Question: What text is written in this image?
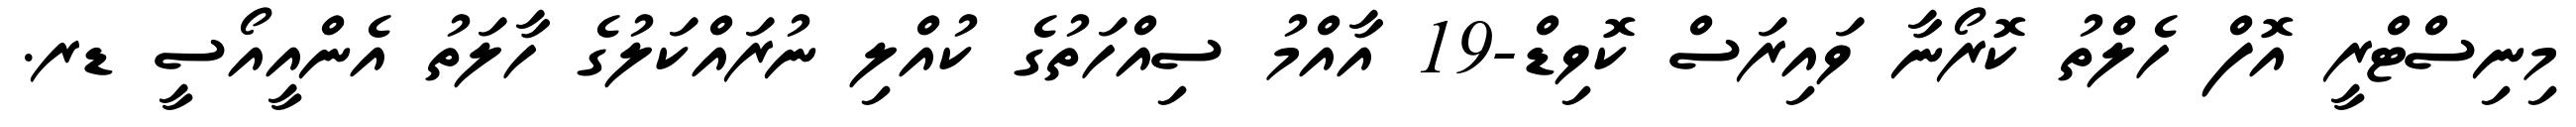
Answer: މިނިސްޓްރީ އޮފް ހެލްތު ކޮރޯނާ ވައިރަސް ކޮވިޑް-19 އާއްމު ސިއްހަތުގެ ކުއްލި ނުރައްކަލުގެ ހާލަތު އެންއީއޯސީ ޑރ.